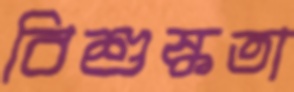
বিশুষ্কতা